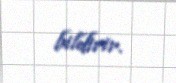
bildirir.